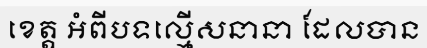
ខេត្ត អំពីបទល្មើសនានា ដែលបាន